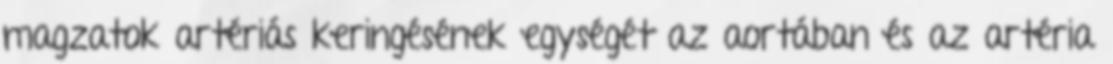
magzatok artériás keringésének egységét az aortában és az artéria